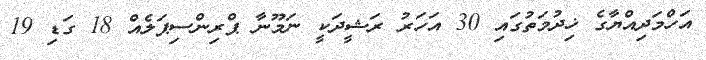
އަހްމަދިއްޔާގެ ޚިދުމަތުގައި 30 އަހަރު ރަޝީދަކީ ނަމޫނާ ޕްރިންސިޕަލެއް 18 ގަޑި 19